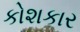
કોશકાર